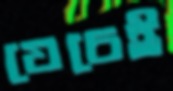
যেচেই